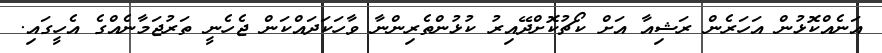
އަނެއްކޮޅުން އަހަރެން ރަޝިއާ އަށް ކޯޗުކޮށްދޭއިރު ކުޅުންތެރިންނާ ވާހަކަދައްކަން ޖެހެނީ ތަރުޖަމާނެއްގެ އެހީގައި.